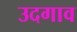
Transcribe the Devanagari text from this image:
उदगाव